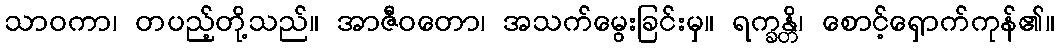
သာဝကာ၊ တပည့်တို့သည်။ အာဇီဝတော၊ အသက်မွေးခြင်းမှ။ ရက္ခန္တိ၊ စောင့်ရှောက်ကုန်၏။